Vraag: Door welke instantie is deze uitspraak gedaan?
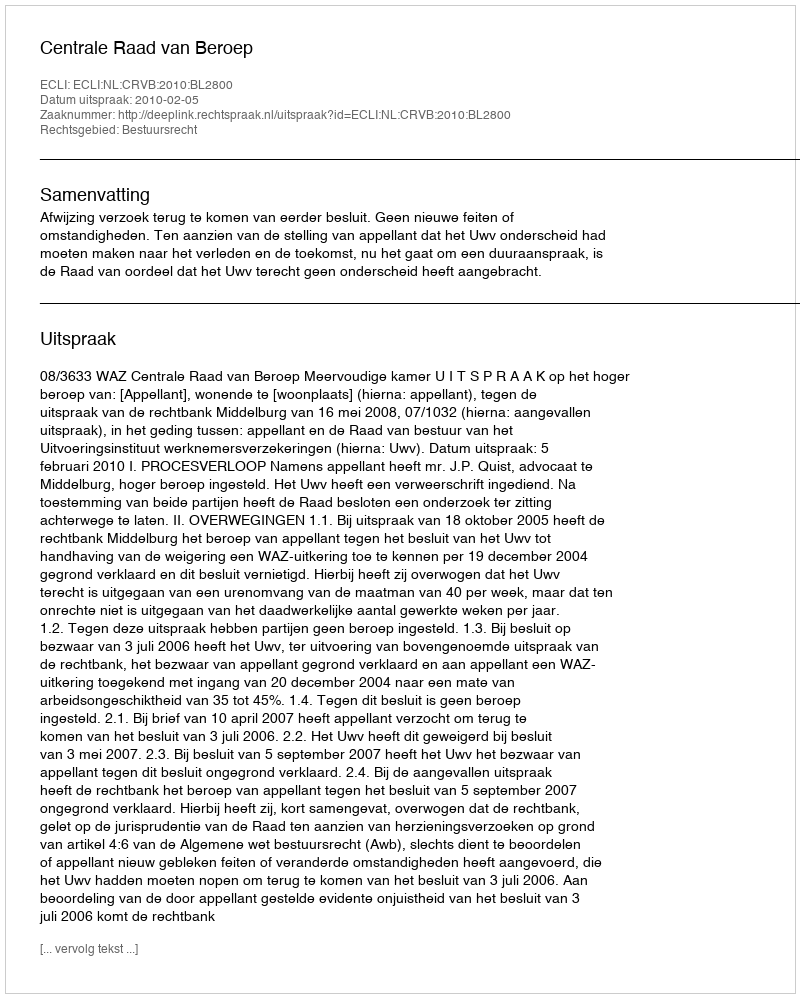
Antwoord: Centrale Raad van Beroep